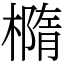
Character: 橢